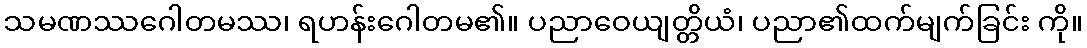
သမဏဿဂေါတမဿ၊ ရဟန်းဂေါတမ၏။ ပညာဝေယျတ္တိယံ၊ ပညာ၏ထက်မျက်ခြင်း ကို။